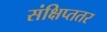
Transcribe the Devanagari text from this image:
संक्षिप्ततर